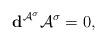
LaTeX: \begin{align*}\mathbf{d}^{\mathcal{A}^\sigma}\mathcal{A}^\sigma=0,\end{align*}